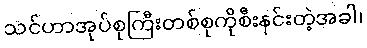
သင်ဟာအုပ်စုကြီးတစ်စုကိုစီးနင်းတဲ့အခါ၊